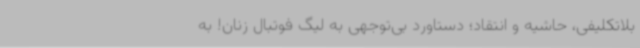
بلاتکلیفی، حاشیه و انتقاد؛ دستاورد بی‌توجهی به لیگ فوتبال زنان! به